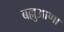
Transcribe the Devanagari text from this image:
बल्लुआणा